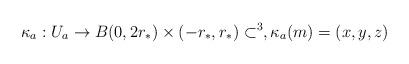
LaTeX: \begin{align*}\kappa_a:U_a\to B(0,2r_*)\times (-r_*,r_*)\subset \real^3,\kappa_{a}(m)=(x,y,z)\end{align*}